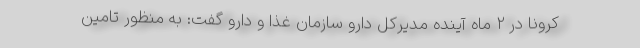
کرونا در ۲ ماه آینده مدیرکل دارو سازمان غذا و دارو گفت: به منظور تامین